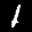
Label: 1